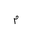
Letter: _mim